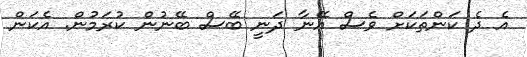
އެ ދެ ކަންތަކަށް ވެސް އޭނާ ދަނީ ބޭސް ބޭނުން ކުރަމުން. އެކަން